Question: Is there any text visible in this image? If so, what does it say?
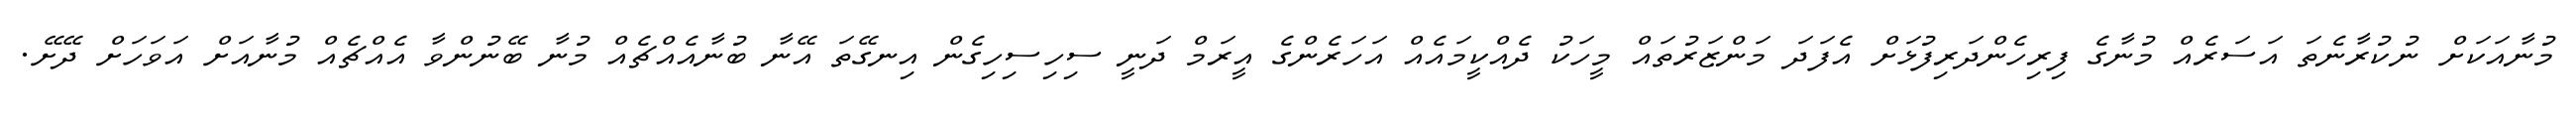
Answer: މުނާއަކަށް ނުކުރާނެތަ އަސަރެއް މުނާގެ ފިރިހެންދަރިފުޅަށް އެފަދަ މަންޒަރުތައް މީހަކު ދެއްކީމައެއް އަހަރެންގެ އީރަމް ދަނީ ސިހިސިހިގެން އިނގޭތަ އޭނާ ބުނާއެއްޗެއް މުނާ ބޭނުންވާ އެއްޗެއް މުނާއަށް އަވަހަށް ދޭށޭ.